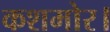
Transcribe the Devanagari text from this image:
कशमोर।